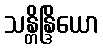
သန္တိန္ဒြိယော